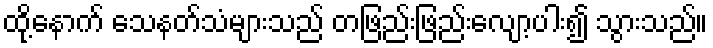
ထို့နောက် သေနတ်သံများသည် တဖြည်းဖြည်းလျော့ပါး၍ သွားသည်။